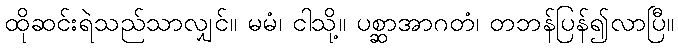
ထိုဆင်းရဲသည်သာလျှင်။ မမံ၊ ငါသို့။ ပစ္ဆာအာဂတံ၊ တဘန်ပြန်၍လာပြီ။